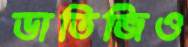
ভাতিজিও